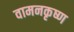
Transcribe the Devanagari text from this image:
वामनकृष्ण